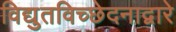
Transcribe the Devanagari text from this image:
विद्युतविच्छेदनाद्वारे